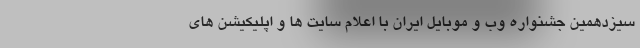
سیزدهمین جشنواره وب و موبایل ایران با اعلام سایت ها و اپلیکیشن های